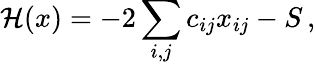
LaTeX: {\cal H}(x)=-2\sum_{i,j}c_{ij}x_{ij}-S\, ,